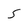
Character: S